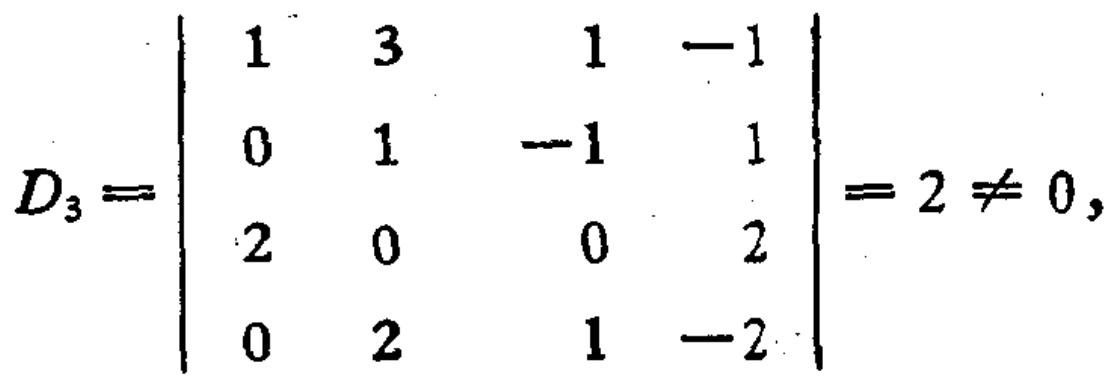
\[
D_{3}=\begin{vmatrix}
1 & 3 & 1 & -1 \\
0 & 1 & -1 & 1 \\
2 & 0 & 0 & 2 \\
0 & 2 & 1 & -2
\end{vmatrix}=2\neq 0,
\]